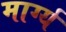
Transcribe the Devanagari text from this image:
मार्ग्य